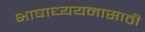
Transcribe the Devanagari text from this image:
भाषाध्ययनासाठी